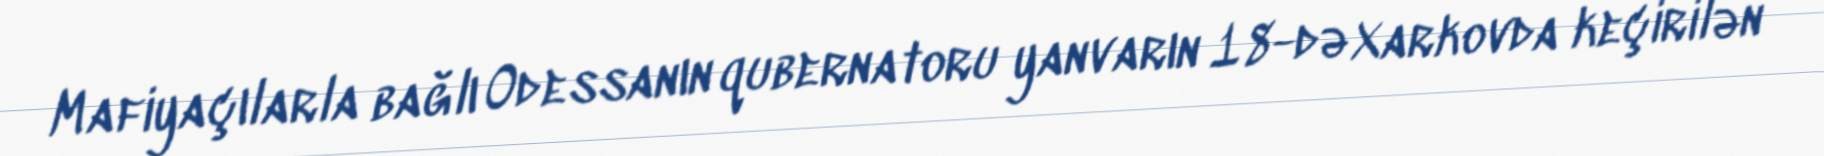
Mafiyaçılarla bağlı Odessanın qubernatoru yanvarın 18-də Xarkovda keçirilən